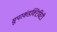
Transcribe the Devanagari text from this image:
सुपरकंडक्टिविटी